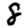
Digit: 8